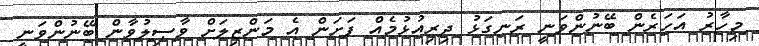
މިހާރު އަހަރެން ބޭނުންވަނީ ރަނގަޅު ދިރިއުޅުމެއް ފަށަން އެ މަންޒިލަށް ވާޞިލުވާން ބޭނުންވަނީ